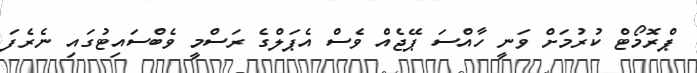
ޕްރޮމޯޓް ކުރުމަށް ވަނީ ހާއްސަ ޕޭޖެއް ވެސް އެޕަލްގެ ރަސްމީ ވެބްސައިޓުގައި ނެރެފަ